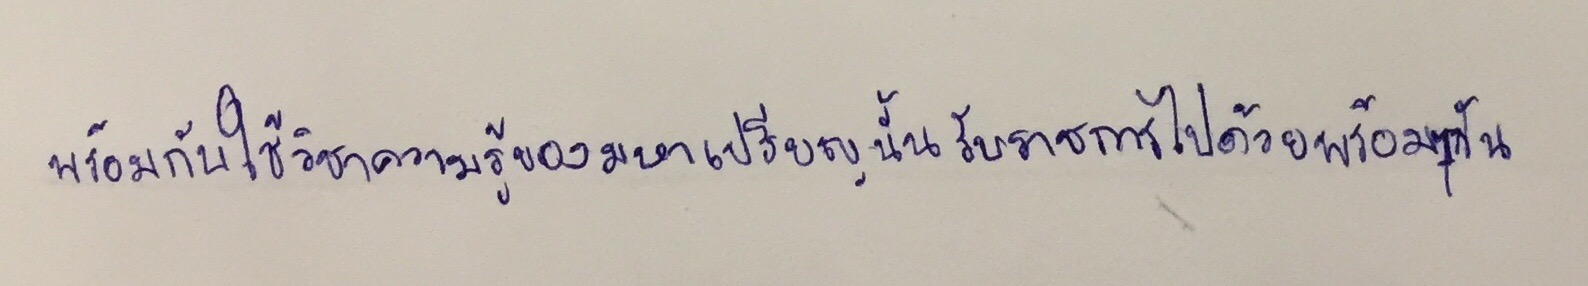
พร้อมกับใช้วิชาความรู้ของมหาเปรียญนั้นรับราชการไปด้วยพร้อมๆกัน